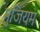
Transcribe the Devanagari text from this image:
मुजियम